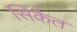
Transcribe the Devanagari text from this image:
सिकैत